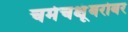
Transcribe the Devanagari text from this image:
चर्मचक्षूंबरोबर